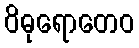
ဝိဓုရောတေဝ